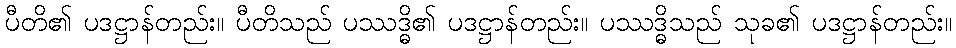
ပီတိ၏ ပဒဋ္ဌာန်တည်း။ ပီတိသည် ပဿဒ္ဓိ၏ ပဒဋ္ဌာန်တည်း။ ပဿဒ္ဓိသည် သုခ၏ ပဒဋ္ဌာန်တည်း။